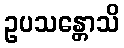
ဥပသန္တောသိ